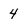
Character: 4